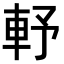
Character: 𨋋